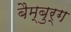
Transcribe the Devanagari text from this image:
बैम्बुर्ग